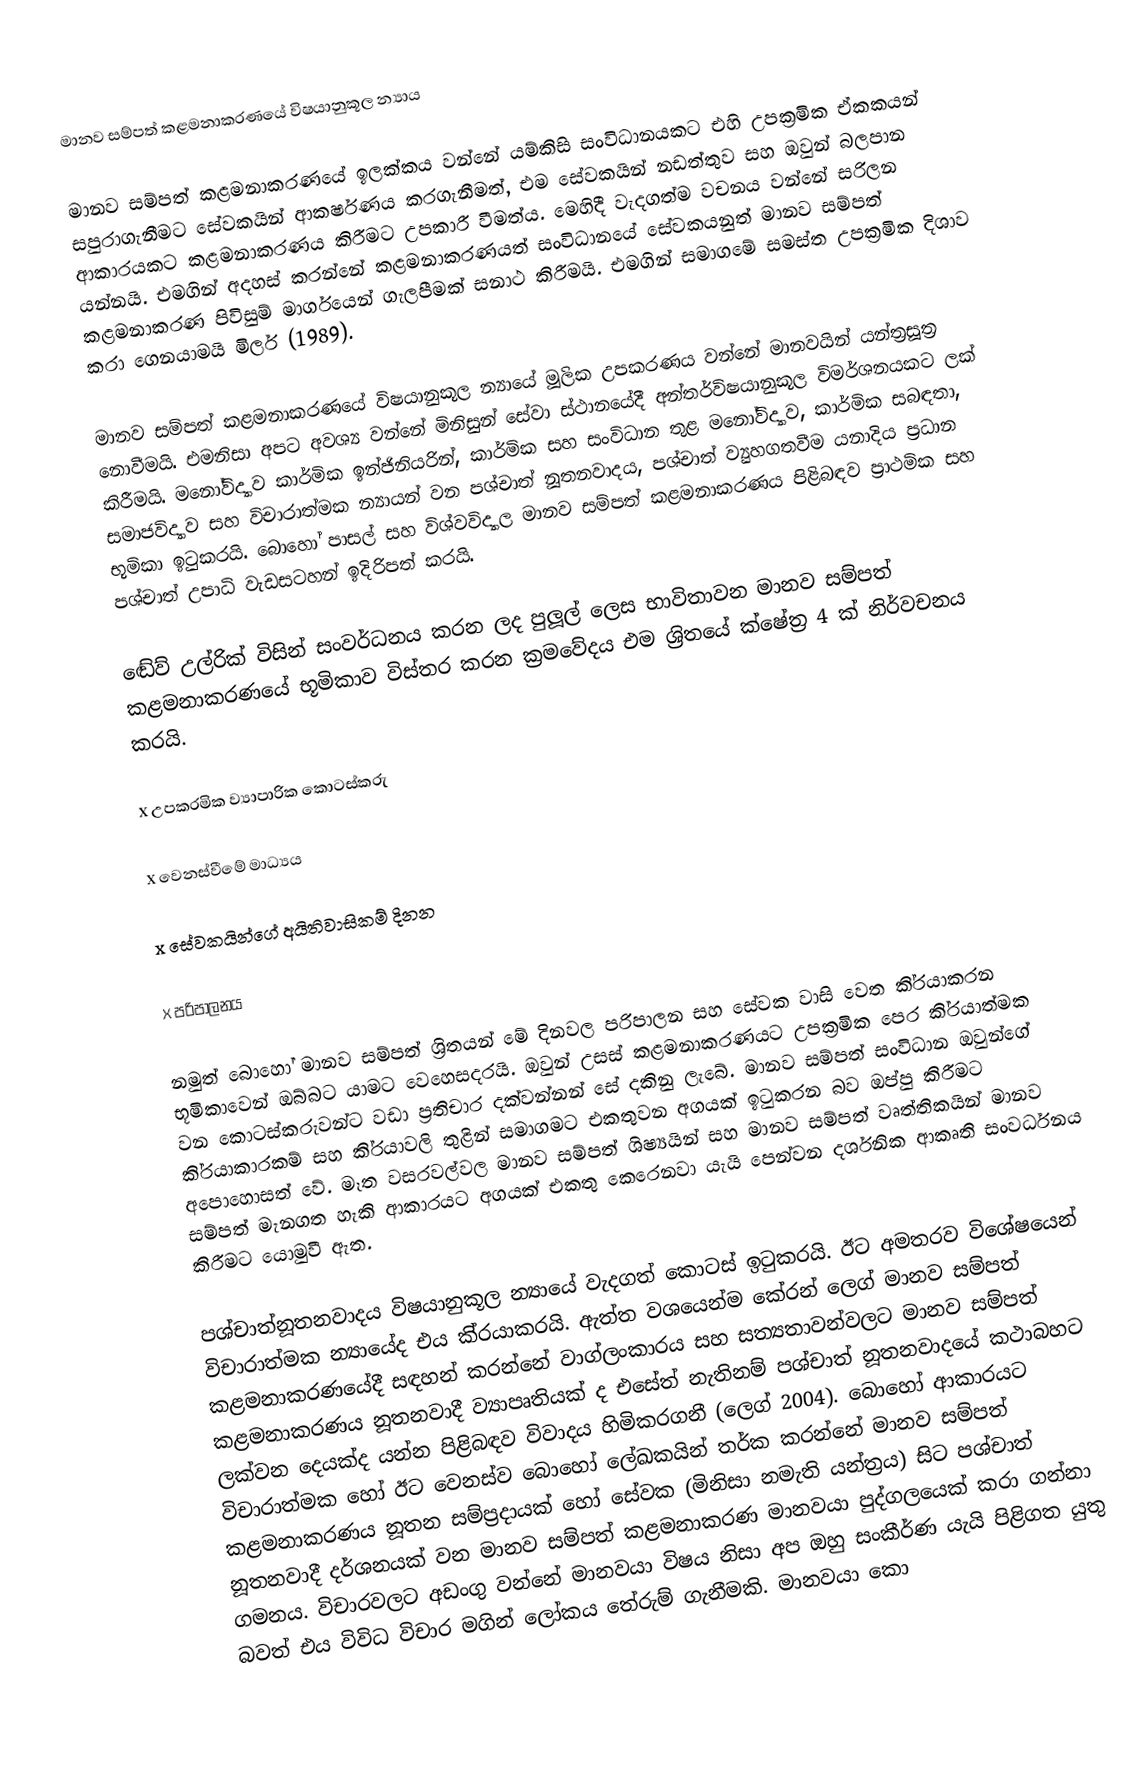
මානව සම්පත් කළමනාකරණයේ විෂයානුකූල න්‍යාය

මානව සම්පත් කළමනාකරණයේ ඉලක්කය වන්නේ යම්කිසි සංවිධානයකට එහි උපක‍්‍රමික ඒකකයන් සපුරාගැනීමට සේවකයින් ආකර්ෂණය කරගැනීමත්, එම සේවකයින් නඩත්තුව සහ ඔවුන් බලපාන ආකාරයකට කළමනාකරණය කිරීමට උපකාරී වීමත්ය. මෙහිදී වැදගත්ම වචනය වන්නේ සරිලන යන්නයි. එමගින් අදහස් කරන්නේ කළමනාකරණයත් සංවිධානයේ සේවකයනුත් මානව සම්පත් කළමනාකරණ පිවිසුම් මාර්ගයෙන් ගැලපීමක් සනාථ කිරීමයි. එමගින් සමාගමේ සමස්ත උපක‍්‍රමික දිශාව කරා ගෙනයාමයි මිලර් (1989).

මානව සම්පත් කළමනාකරණයේ විෂයානුකූල න්‍යායේ මූලික උපකරණය වන්නේ මානවයින් යන්ත‍්‍රසූත‍්‍ර නොවීමයි. එමනිසා අපට අවශ්‍ය වන්නේ මිනිසුන් සේවා ස්ථානයේදී අන්තර්විෂයානුකූල විමර්ශනයකට ලක් කිරීමයි. මනෝවිද්‍යාව කාර්මික ඉන්ජිනියරින්, කාර්මික සහ සංවිධාන තුළ මනෝවිද්‍යාව, කාර්මික සබඳතා, සමාජවිද්‍යාව සහ විචාරාත්මක න්‍යායන් වන පශ්චාත් නූතනවාදය, පශ්චාත් ව්‍යුහගතවීම යනාදිය ප‍්‍රධාන භූමිකා ඉටුකරයි. බොහෝ පාසල් සහ විශ්වවිද්‍යාල මානව සම්පත් කළමනාකරණය පිළිබඳව ප‍්‍රාථමික සහ පශ්චාත් උපාධි වැඩසටහන් ඉදිරිපත් කරයි.

ඬේව් උල්රික් විසින් සංවර්ධනය කරන ලද පුලූල් ලෙස භාවිතාවන මානව සම්පත් කළමනාකරණයේ භූමිකාව විස්තර කරන ක‍්‍රමවේදය එම ශ‍්‍රිතයේ ක්ෂේත‍්‍ර 4 ක් නිර්වචනය කරයි.

x	උපක‍්‍රමික ව්‍යාපාරික කොටස්කරු

x	වෙනස්වීමේ මාධ්‍යය

x	සේවකයින්ගේ අයිතිවාසිකම් දිනන

x	පරිපාලනය

නමුත් බොහෝ මානව සම්පත් ශ‍්‍රිතයන් මේ දිනවල පරිපාලන සහ සේවක වාසි වෙත කි‍්‍රයාකරන භූමිකාවෙන් ඔබ්බට යාමට වෙහෙසදරයි. ඔවුන් උසස් කළමනාකරණයට උපක‍්‍රමික පෙර කි‍්‍රයාත්මක වන කොටස්කරුවන්ට වඩා ප‍්‍රතිචාර දක්වන්නන් සේ දකිනු ලැබේ. මානව සම්පත් සංවිධාන ඔවුන්ගේ කි‍්‍රයාකාරකම් සහ කි‍්‍රයාවලි තුළින් සමාගමට එකතුවන අගයක් ඉටුකරන බව ඔප්පු කිරීමට අපොහොසත් වේ. මෑත වසරවල්වල මානව සම්පත් ශිෂ්‍යයින් සහ මානව සම්පත් වෘත්තිකයින් මානව සම්පත් මැනගත හැකි ආකාරයට අගයක් එකතු කෙරෙනවා යැයි පෙන්වන දර්ශනික ආකෘති සංවර්ධනය කිරීමට යොමුවී ඇත.

පශ්චාත්නූතනවාදය විෂයානුකූල න්‍යායේ වැදගත් කොටස් ඉටුකරයි. ඊට අමතරව විශේෂයෙන් විචාරාත්මක න්‍යායේද එය කි‍්‍රයාකරයි. ඇත්ත වශයෙන්ම කේරන් ලෙග් මානව සම්පත් කළමනාකරණයේදී සඳහන් කරන්නේ වාග්ලංකාරය සහ සත්‍යතාවන්වලට මානව සම්පත් කළමනාකරණය නූතනවාදී ව්‍යාපෘතියක් ද එසේත් නැතිනම් පශ්චාත් නූතනවාදයේ කථාබහට ලක්වන දෙයක්ද යන්න පිළිබඳව විවාදය හිමිකරගනී (ලෙග් 2004). බොහෝ ආකාරයට විචාරාත්මක හෝ ඊට වෙනස්ව බොහෝ ලේඛකයින් තර්ක කරන්නේ මානව සම්පත් කළමනාකරණය නූතන සම්ප‍්‍රදායක් හෝ සේවක (මිනිසා නමැති යන්ත‍්‍රය) සිට පශ්චාත් නූතනවාදී දර්ශනයක් වන මානව සම්පත් කළමනාකරණ මානවයා පුද්ගලයෙක් කරා ගන්නා ගමනය. විචාරවලට අඩංගු වන්නේ මානවයා විෂය නිසා අප ඔහු සංකීර්ණ යැයි පිළිගත යුතු බවත් එය විවිධ විචාර මගින් ලෝකය තේරුම් ගැනීමකි. මානවයා කො